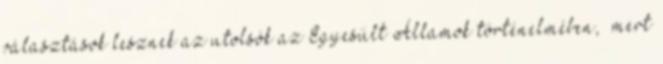
választások lesznek az utolsók az Egyesült Államok történelmében, „mert